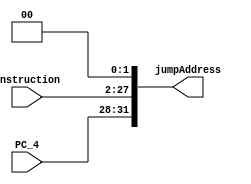
`timescale 1ns / 1ps
//////////////////////////////////////////////////////////////////////////////////
// Company: 
// Engineer: 
// 
// Design Name: 
// Module Name: JumpTarget
// Project Name: 
// Target Devices: 
// Tool Versions: 
// Description: 
// 
// Dependencies: 
// 
// Revision:
// Revision 0.01 - File Created
// Additional Comments:
// 
//////////////////////////////////////////////////////////////////////////////////


module JumpTarget(PC_4, Instruction, jumpAddress);

    input [3:0] PC_4;
    input [25:0] Instruction;
    output reg [31:0] jumpAddress;
    
    always @ (PC_4, Instruction) begin
        jumpAddress = { {6'd0}, Instruction}; // intentional blocking
        jumpAddress = jumpAddress << 2; // intentional blocking
        jumpAddress <= { {4{PC_4}}, jumpAddress[27:0]};
    end
  
endmodule